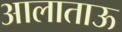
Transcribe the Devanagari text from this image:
आलाताऊ